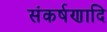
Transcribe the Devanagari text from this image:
संकर्षणादि